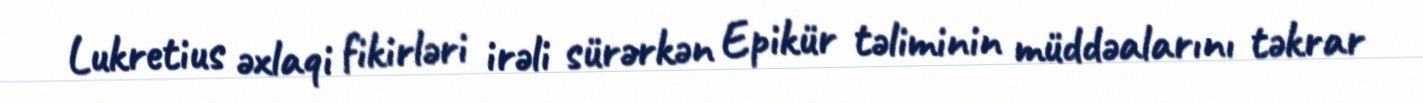
Lukretius əxlaqi fikirləri irəli sürərkən Epikür təliminin müddəalarını təkrar